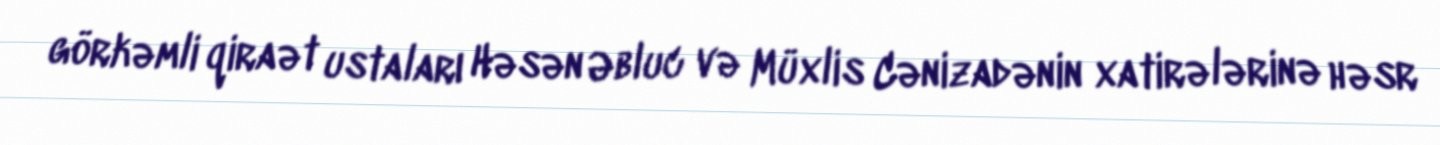
görkəmli qiraət ustaları Həsən Əbluc və Müxlis Cənizadənin xatirələrinə həsr